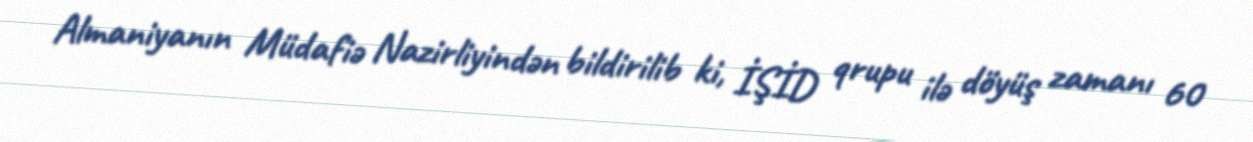
Almaniyanın Müdafiə Nazirliyindən bildirilib ki, İŞİD qrupu ilə döyüş zamanı 60